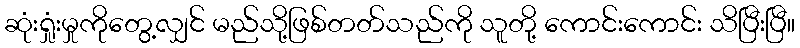
ဆုံးရှုံးမှုကိုတွေ့လျှင် မည်သို့ဖြစ်တတ်သည်ကို သူတို့ ကောင်းကောင်း သိပြီးပြီ။